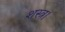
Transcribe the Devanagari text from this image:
शस्त्र।